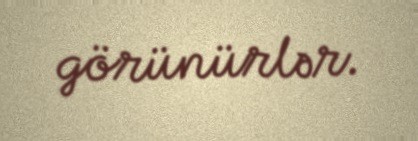
görünürlər.